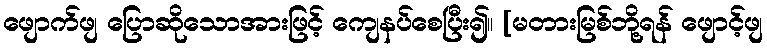
ဖျောက်ဖျ ပြောဆိုသောအားဖြင့် ကျေနပ်စေပြီး၍။ [မတားမြစ်ဘို့ရန် ဖျောင့်ဖျ